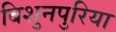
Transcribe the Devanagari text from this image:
बिशुनपुरिया